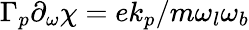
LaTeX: \Gamma_{p}\partial_{\omega}\chi=ek_{p}/m\omega_{l}\omega_{b}